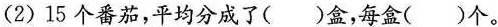
(2)15个番茄，平均分成了( )盒，每盒( )个。